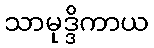
သာမုဒ္ဒိကာယ